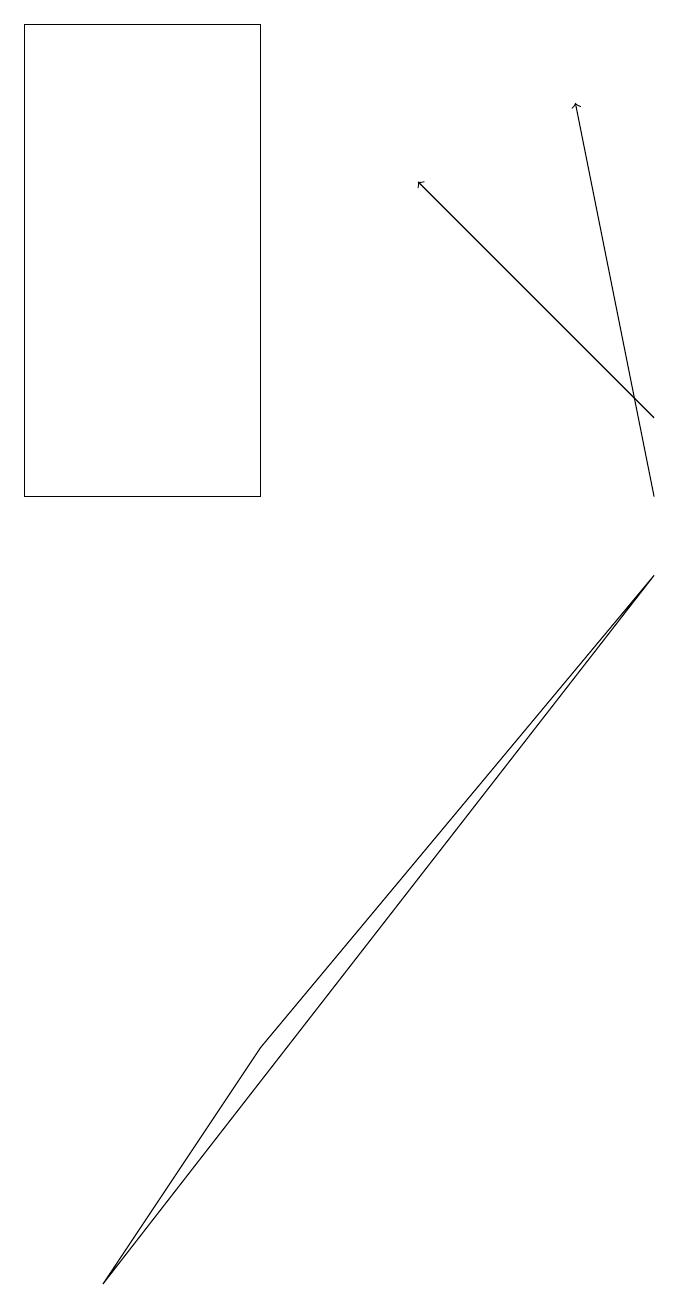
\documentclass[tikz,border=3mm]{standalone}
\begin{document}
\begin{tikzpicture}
\draw (2,0) -- (9,9) -- (4,3) -- cycle;
\draw[->] (9,10) -- (8,15);
\draw[->] (9,11) -- (6,14);
\draw (4,16) rectangle (1,10);
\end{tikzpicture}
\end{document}